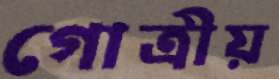
গোত্রীয়